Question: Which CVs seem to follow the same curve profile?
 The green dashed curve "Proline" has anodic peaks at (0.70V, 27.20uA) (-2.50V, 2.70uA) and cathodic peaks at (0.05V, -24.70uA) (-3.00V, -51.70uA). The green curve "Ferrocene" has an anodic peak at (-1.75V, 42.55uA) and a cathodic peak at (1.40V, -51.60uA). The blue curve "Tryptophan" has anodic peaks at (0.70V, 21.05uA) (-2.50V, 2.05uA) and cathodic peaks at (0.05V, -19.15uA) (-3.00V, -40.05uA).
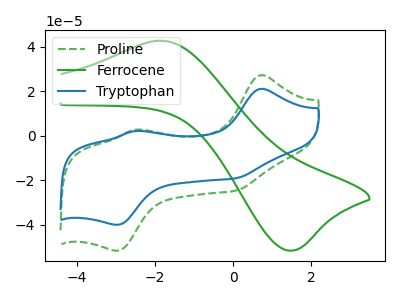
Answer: <think>"Proline" and "Ferrocene" have a different number of peaks. All the peaks in "Proline" have a peak in "Tryptophan" at the same potential. Every peak in "Proline" is higher than every peak in "Tryptophan". "Ferrocene" and "Tryptophan" have a different number of peaks.
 </think>
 <answer>"Proline" and "Tryptophan" have the same shape and are likely CV's of the same chemical.</answer>
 <eval>"Proline" "Tryptophan"</eval>